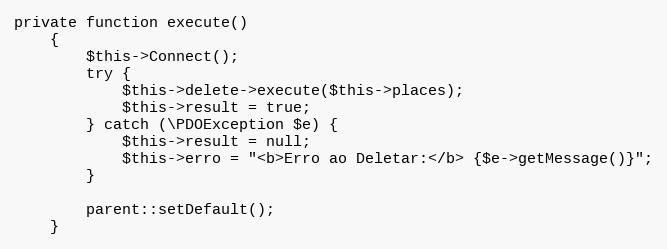
Language: PHP
private function execute()
    {
        $this->Connect();
        try {
            $this->delete->execute($this->places);
            $this->result = true;
        } catch (\PDOException $e) {
            $this->result = null;
            $this->erro = "<b>Erro ao Deletar:</b> {$e->getMessage()}";
        }

        parent::setDefault();
    }